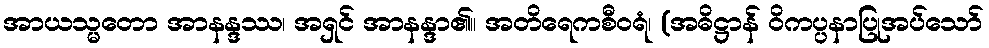
အာယသ္မတော အာနန္ဒဿ၊ အရှင် အာနန္ဒာ၏။ အတိရေကစီဝရံ၊ (အဓိဋ္ဌာန် ဝိကပ္ပနာပြုအပ်သော်